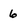
Character: 6